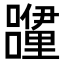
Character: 𮡝